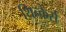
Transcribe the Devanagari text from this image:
थिन्केर्स